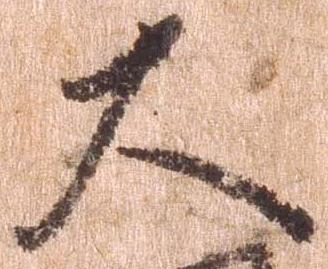
大